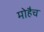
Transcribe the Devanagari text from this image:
मोहैच